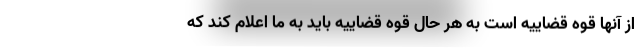
از آنها قوه قضاییه است به هر حال قوه قضاییه باید به ما اعلام کند که